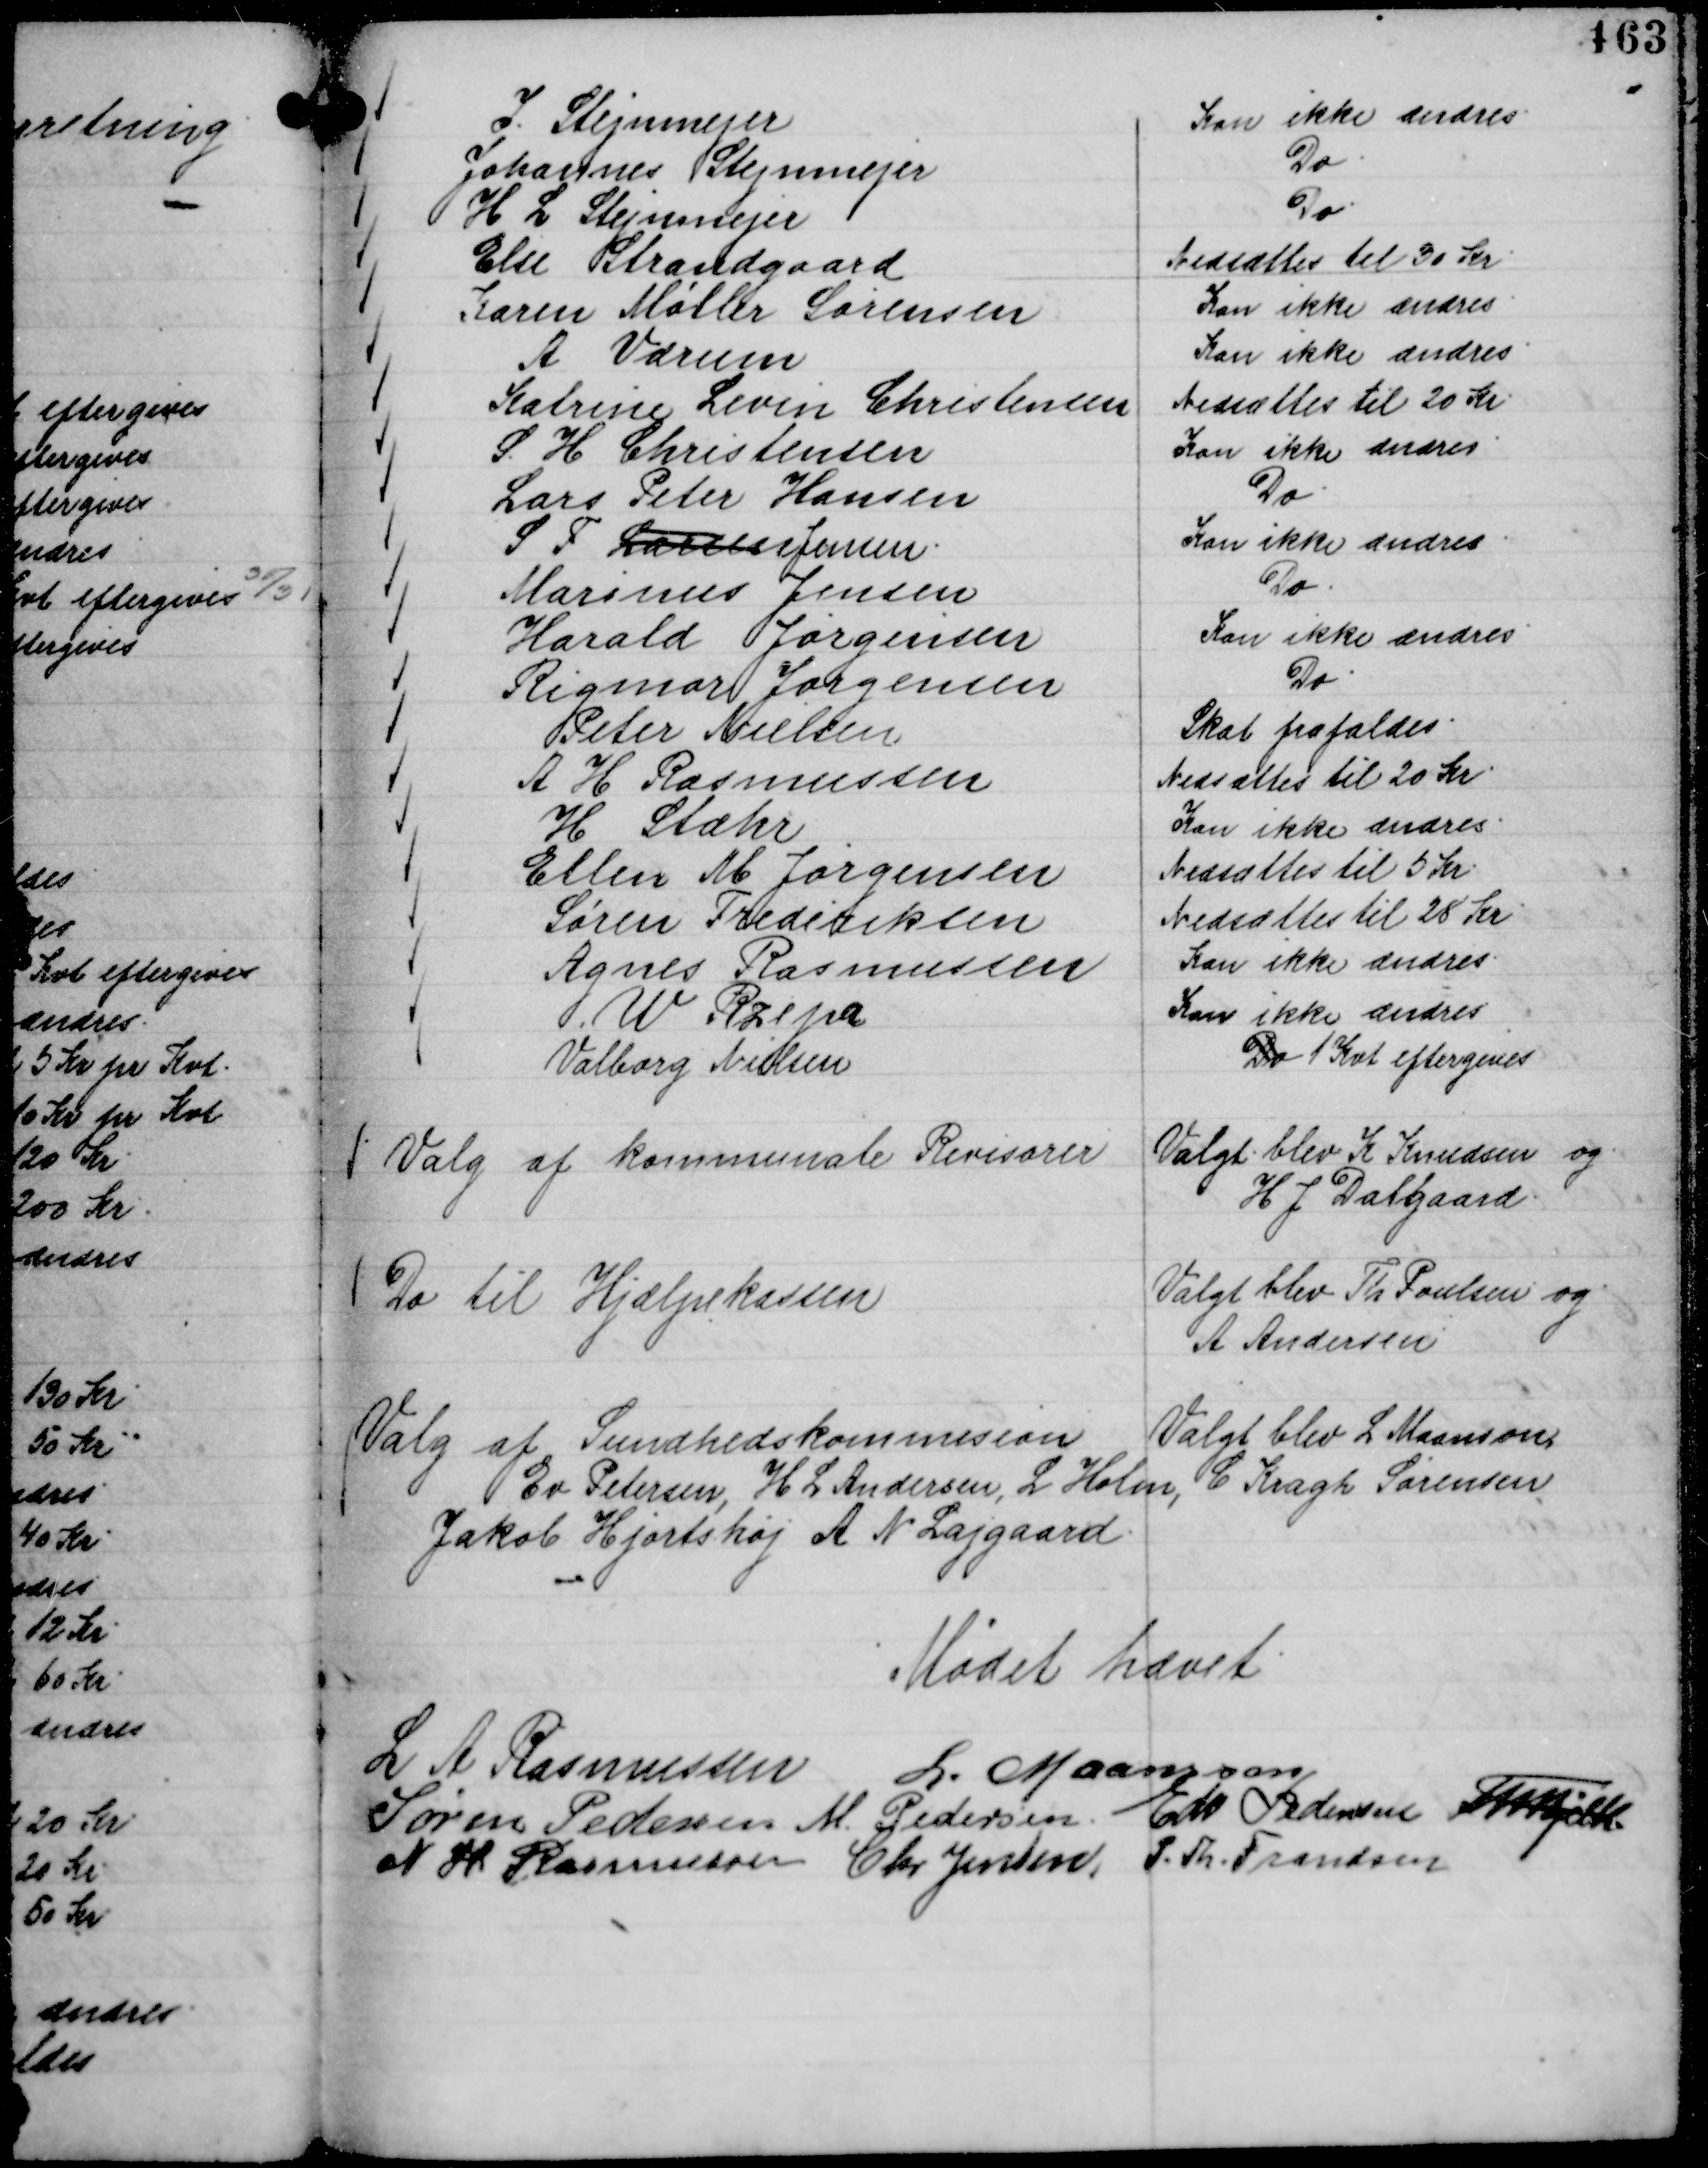
Transskription:
I. Stejnmejer
Kan ikke ændres.
Johannes Stejnmejer
Do.
H L Stejnmejer
Do.
Else Strandgaard
Nedsættes til 30 Kr.
Karen Møller Sørensen
Kan ikke ændres.
A Værum
Kan ikke ændres.
Katrine Levin Christensen
Nedsættes til 20 Kr.
S. H Christensen
Kan ikke ændres.
Lars Peter Hansen
Do.
S F Larsen Jensen.
Kan ikke ændres.
Marinus Jensen
Do.
Harald Jørgensen
Kan ikke ændres
Rigmor Jørgensen
Do.
Peter Nielsen
Skat frafaldes.
A H Rasmussen
Nedsættes til 20 Kr.
H Stæhr
Kan ikke ændres.
Ellen M Jørgensen
Nedsættes til 5 Kr.
Søren Frederiksen
Nedsættes til 28 Kr.
Agnes Rasmussen
Kan ikke ændres.
W Rzepa
Kan ikke ændres
Valborg Nielsen
Do 1 Kvt eftergives

Valg af kommunale Revisorer

Valgt blev K Knudsen og
H J Dalgaard.

Do til Hjælpekassen

Valgt blev Th Poulsen og
A Andersen

Valg af Sundhedskommision

Valgt blev L Maanson,
Ev Petersen, H L Andersen, L Holm, C Kragh Sørensen
Jakob Hjortshøj A N Lajgaard.

Mødet hævet
L A Rasmussen
L. Maansson
Søren Pedersen
M. Pedersen.
Edv Pedersen
Th Bjelke
N H Rasmussen
Chr Jensen
P. Th. Frandsen